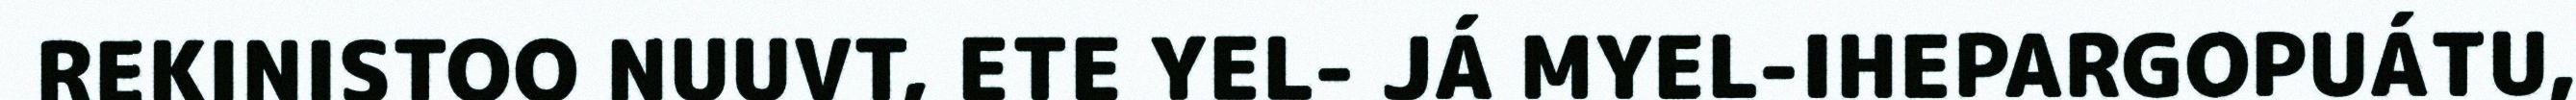
REKINISTOO NUUVT, ETE YEL- JÁ MYEL-IHEPARGOPUÁTU,